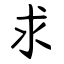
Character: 求